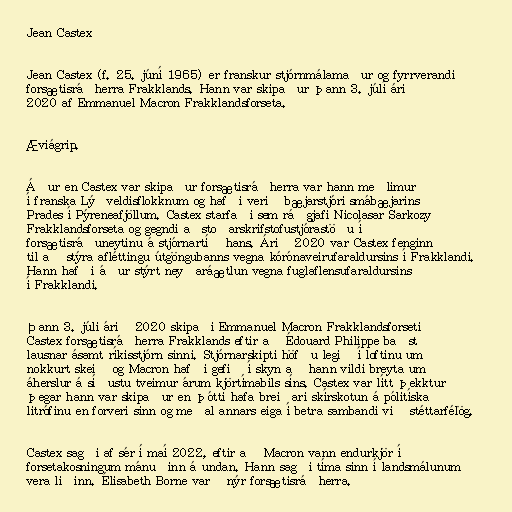
Jean Castex

Jean Castex (f. 25. júní 1965) er franskur stjórnmálamaður og fyrrverandi
forsætisráðherra Frakklands. Hann var skipaður þann 3. júlí árið
2020 af Emmanuel Macron Frakklandsforseta.

Æviágrip.

Áður en Castex var skipaður forsætisráðherra var hann meðlimur
í franska Lýðveldisflokknum og hafði verið bæjarstjóri smábæjarins
Prades í Pýreneafjöllum. Castex starfaði sem ráðgjafi Nicolasar Sarkozy
Frakklandsforseta og gegndi aðstoðarskrif­stofu­stjóra­stöðu í
for­sæt­is­ráðuneyt­inu á stjórnartíð hans. Árið 2020 var Castex fenginn
til að stýra afléttingu útgöngubanns vegna kórónaveirufaraldursins í Frakklandi.
Hann hafði áður stýrt neyðaráætlun vegna fuglaflensufaraldursins
í Frakklandi.

Þann 3. júli árið 2020 skipaði Emmanuel Macron Frakklandsforseti
Castex forsætisráðherra Frakklands eftir að Édouard Philippe baðst
lausnar ásamt ríkisstjórn sinni. Stjórnarskipti höfðu legið í loftinu um
nokkurt skeið og Macron hafði gefið í skyn að hann vildi breyta um
áherslur á síðustu tveimur árum kjörtímabils síns. Castex var lítt þekktur
þegar hann var skipaður en þótti hafa breiðari skírskotun á pólitíska
litrófinu en forveri sinn og meðal annars eiga í betra sambandi við stéttarfélög.

Castex sagði af sér í maí 2022, eftir að Macron vann endurkjör í
forsetakosningum mánuðinn á undan. Hann sagði tíma sinn í landsmálunum
vera liðinn. Élisabeth Borne varð nýr forsætisráðherra.